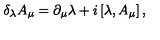
\delta _ { \lambda } { A } _ { \mu } = \partial _ { \mu } { \lambda } + i \left[ \lambda , { A } _ { \mu } \right] ,